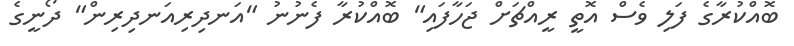
ބޮއްކުރާގެ ފަލި ވެސް އޮތީ ރީއްޗަށް ޖަހާފައި" ބޮއްކުރާ ފެނުނު "އަނދިރިއަނދިރިން" ދޯނީގެ